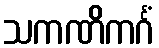
သကဏိကင်္ဂံ